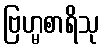
ဗြဟ္မစာရိသု